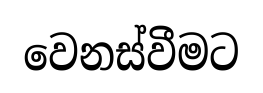
වෙනස්වීමට